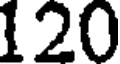
120